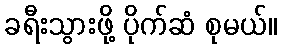
ခရီးသွားဖို့ ပိုက်ဆံ စုမယ်။